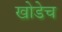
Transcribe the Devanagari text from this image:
खोडेच